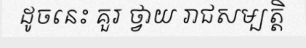
ដូចនេះ គួរ ថ្វាយ រាជសម្បត្តិ